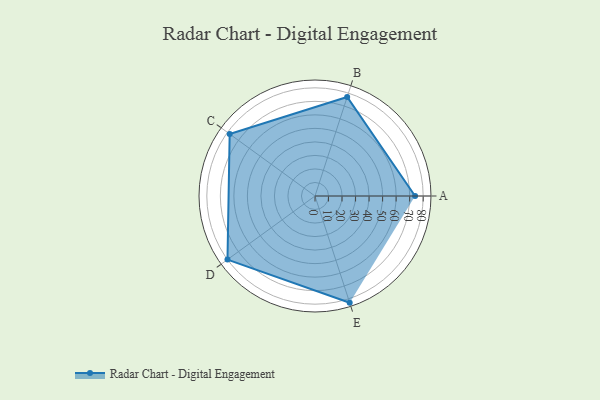
{"axis": {"x": "Skill", "y": "Score"}, "legend": ["Profile"], "data": [{"x": "A", "y": 74.0, "type": "Profile"}, {"x": "B", "y": 77.0, "type": "Profile"}, {"x": "C", "y": 78.0, "type": "Profile"}, {"x": "D", "y": 80.0, "type": "Profile"}, {"x": "E", "y": 83.0, "type": "Profile"}]}